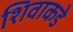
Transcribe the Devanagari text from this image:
शिवाकडे